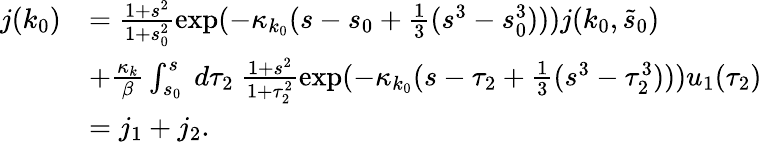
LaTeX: \begin{array}{rl}{j(k_{0})}&{=\frac{1+s^{2}}{1+s_{0}^{2}}\exp(-\kappa_{k_{0}}(s-s_{0}+\frac 13(s^{3}-s_{0}^{3})))j(k_{0},\tilde{s}_{0})}\\ &{+\frac{\kappa_{k}}\beta\int_{s_{0}}^{s}\ d\tau_{2}\ \frac{1+s^{2}}{1+\tau_{2}^{2}}\exp(-\kappa_{k_{0}}(s-\tau_{2}+\frac 13(s^{3}-\tau_{2}^{3})))u_{1}(\tau_{2})}\\ &{=j_{1}+j_{2}.}\end{array}